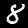
Digit: 8